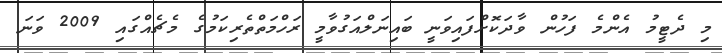
މި ދެޓީމު އެންމެ ފަހުން ވާދަކޮށްފައިވަނީ ބައިނަލްއަގުވާމީ ރަހްމަތްތެރިކަމުގެ މެޗެއްގައި 2009 ވަނަ